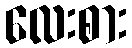
လေးစား